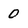
Character: 0